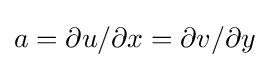
a=\partial u/\partial x=\partial v/\partial y